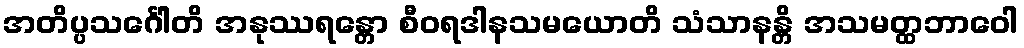
အတိပ္ပသင်္ဂေါတိ အနုဿရန္တော စီဝရဒါနသမယောတိ သံသာနန္တိ အသမတ္ထဘာဝေါ